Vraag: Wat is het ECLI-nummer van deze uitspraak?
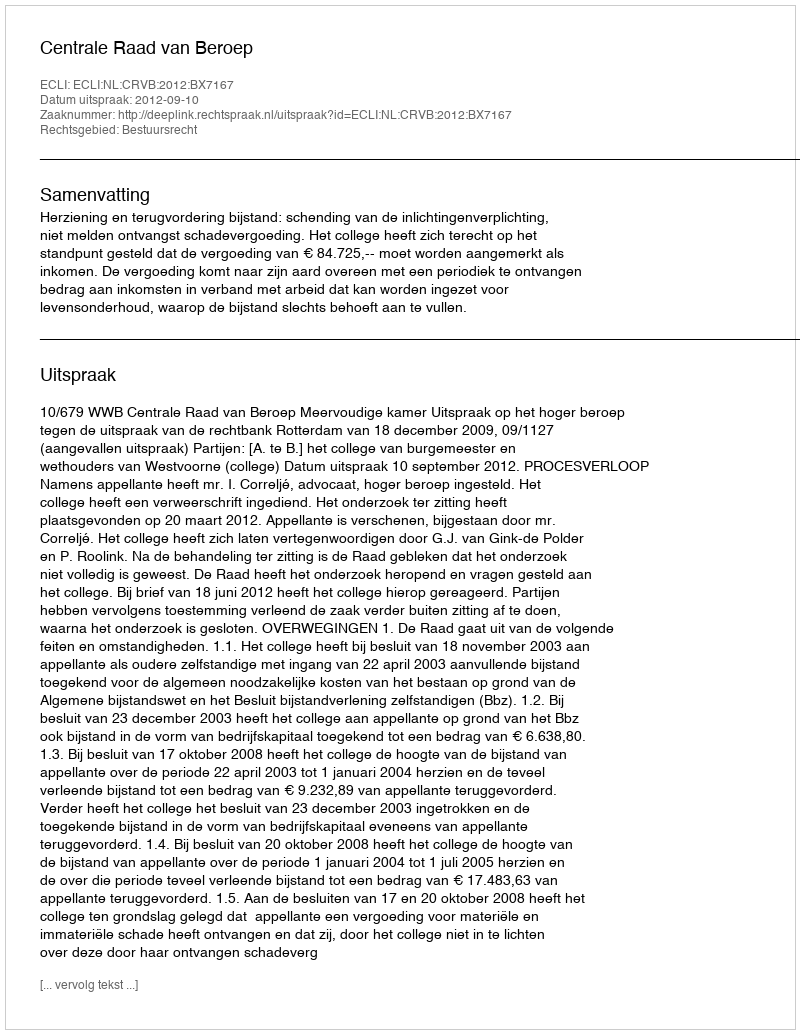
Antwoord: ECLI:NL:CRVB:2012:BX7167